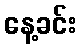
နေ့ခင်း